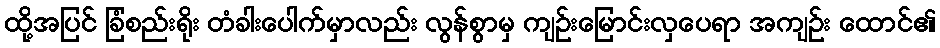
ထို့အပြင် ခြံစည်းရိုး တံခါးပေါက်မှာလည်း လွန်စွာမှ ကျဉ်းမြောင်းလှပေရာ အကျဉ်း ထောင်၏